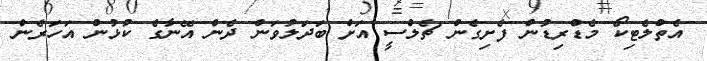
އެތްލެޓިކޯ މެޑްރިޑުން ފެށިގެން ޗެލްސީ އަށް ބަދަލުވަން ދެން އޭނާގެ ކުޅުން އަހަރެން